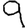
Digit: 9